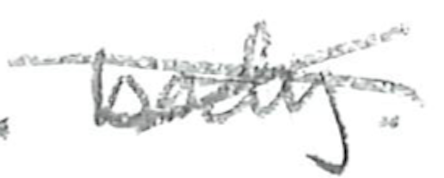
Text: body.
Cross-out: cross
Writing tool: pencil